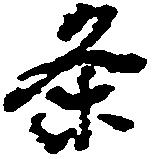
条